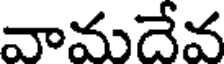
వామదేవ